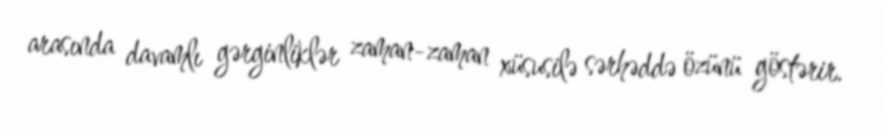
arasında davamlı gərginliklər zaman-zaman xüsusilə sərhəddə özünü göstərir.